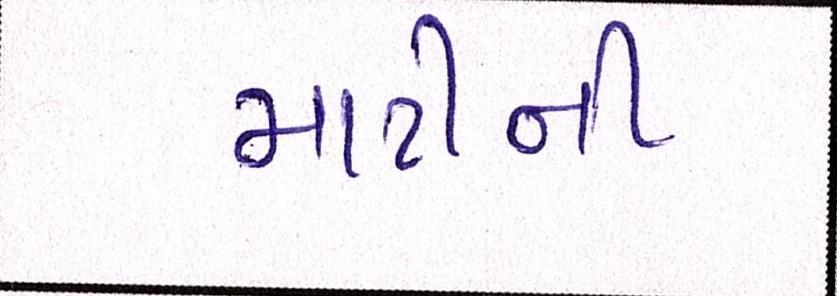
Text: માટીની